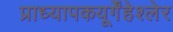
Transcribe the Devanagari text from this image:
प्राध्यापकयूर्गेंहेश्लेर